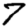
Digit: 7